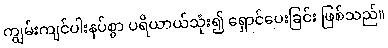
ကျွမ်းကျင်ပါးနပ်စွာ ပရိယာယ်သုံး၍ ရှောင်ပေးခြင်း ဖြစ်သည်။